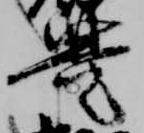
豊